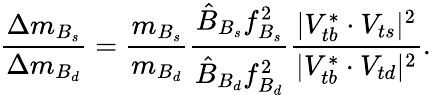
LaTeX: \frac{\Delta m_{B_{s}}}{\Delta m_{B_{d}}}=\frac{m_{B_{s}}}{m_{B_{d}}}\frac{\hat{B}_{B_{s}}f_{B_{s}}^{2}}{\hat{B}_{B_{d}}f_{B_{d}}^{2}}\frac{|V_{tb}^{\ast}\cdot V_{ts}|^{2}}{|V_{tb}^{\ast}\cdot V_{td}|^{2}}.